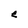
Character: e